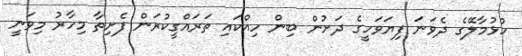
ހުޅުމާލޭގެ ދެވަނަ ފިޔަވަހީގެ ދަށުން ބިން ހިއްކައި ތަރައްގީކުރަން ފެށިތާ މިހާރު މިވަނީ